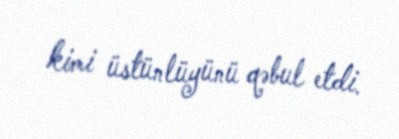
kimi üstünlüyünü qəbul etdi.